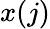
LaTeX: x(j)